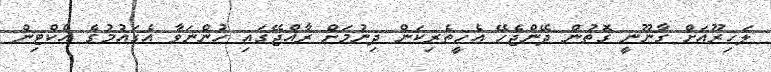
ލަހިރޫއަށް ގާނޫނީ ގޮތުން ދޭންޖެހޭ އެހީތެރިކަން ދިނުމަށް ރާއްޖޭގައި ހުންނަވާ އެގައުމުގެ އެކްޓިން